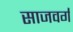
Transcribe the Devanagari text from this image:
साजवर्ग